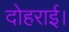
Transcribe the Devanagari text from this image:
दोहराई।